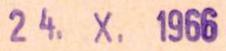
24. X. 1966